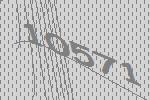
10571